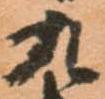
九